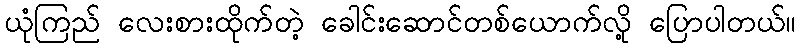
ယုံကြည် လေးစားထိုက်တဲ့ ခေါင်းဆောင်တစ်ယောက်လို့ ပြောပါတယ်။